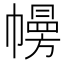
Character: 㡢